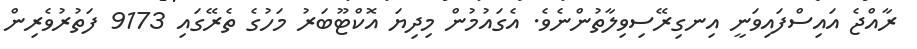
ރާއްޖެ އައިސްފައިވަނީ އިނގިރޭސިވިލާތުންނެވެ. އެގައުމުން މިދިޔަ އޮކްޓޫބަރު މަހުގެ ތެރޭގައި 9173 ފަތުރުވެރިން